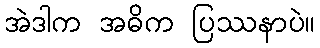
အဲဒါက အဓိက ပြဿနာပဲ။